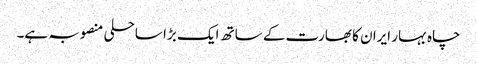
چاہ بہار ایران کا بھارت کے ساتھ ایک بڑا ساحلی منصوبہ ہے۔